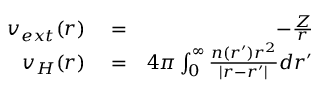
\begin{array} { r l r } { v _ { e x t } ( r ) } & { { } = } & { - \frac { Z } { r } } \\ { v _ { H } ( r ) } & { { } = } & { 4 \pi \int _ { 0 } ^ { \infty } \frac { n ( r ^ { \prime } ) r ^ { 2 } } { | r - r ^ { \prime } | } d r ^ { \prime } } \end{array}